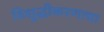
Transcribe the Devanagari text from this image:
विशुद्धीकरणाचा